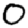
Digit: 0